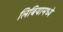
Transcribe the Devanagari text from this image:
लिबियामध्ये